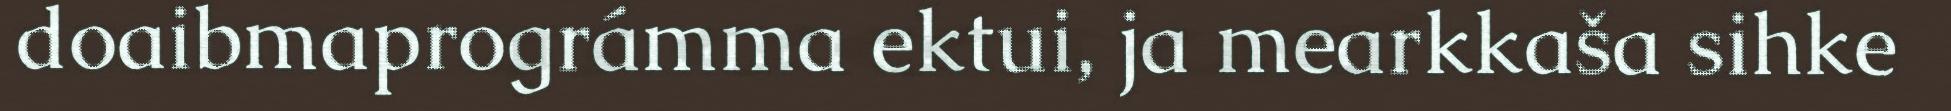
doaibmaprográmma ektui, ja mearkkaša sihke